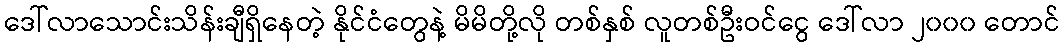
ဒေါ်လာသောင်းသိန်းချီရှိနေတဲ့ နိုင်ငံတွေနဲ့ မိမိတို့လို တစ်နှစ် လူတစ်ဦးဝင်ငွေ ဒေါ်လာ ၂၀၀၀ တောင်